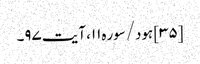
[۳۵] ہود/سوره۱۱، آیت ۹۷۔